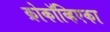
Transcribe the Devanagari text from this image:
क्रोकॉव्हिएका